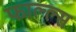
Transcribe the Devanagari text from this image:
फाल्ल्स